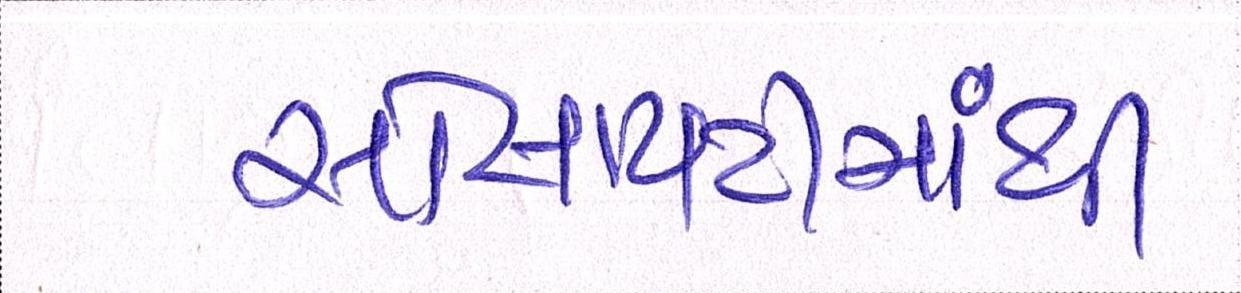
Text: સોસાયટીમાંથી